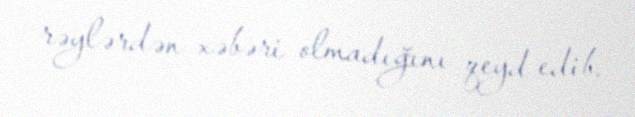
rəylərdən xəbəri olmadığını qeyd edib.